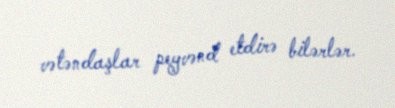
vətəndaşlar peyvənd etdirə bilərlər.